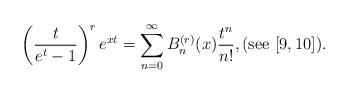
LaTeX: \begin{align*}\left( \frac{t}{e^t-1} \right)^r e^{xt} = \sum_{n=0}^\infty B_n^{(r)}(x) \frac{t^n}{n!},(\textnormal{see} \,\, [9,10]).\end{align*}